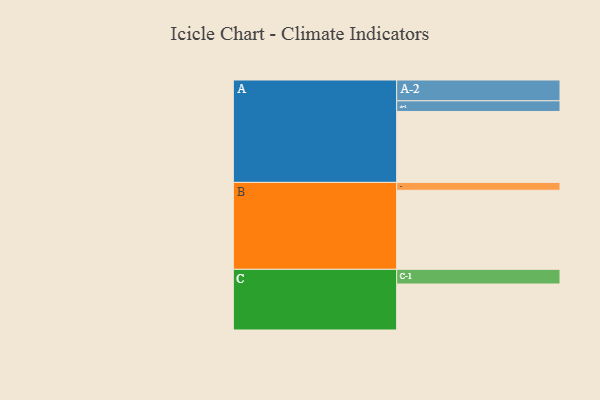
{"axis": {"x": "Segment", "y": "Value"}, "legend": ["", "A", "B", "C"], "data": [{"x": "A", "y": 532, "type": ""}, {"x": "B", "y": 593, "type": ""}, {"x": "C", "y": 345, "type": ""}, {"x": "A-1", "y": 80, "type": "A"}, {"x": "A-2", "y": 156, "type": "A"}, {"x": "B-1", "y": 59, "type": "B"}, {"x": "C-1", "y": 110, "type": "C"}]}